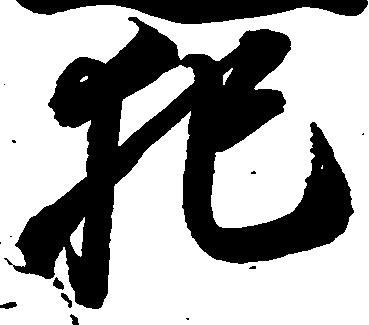
犯